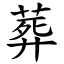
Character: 葬